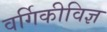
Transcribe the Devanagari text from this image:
वर्गिकीविज्ञ